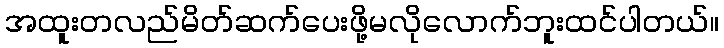
အထူးတလည်မိတ်ဆက်ပေးဖို့မလိုလောက်ဘူးထင်ပါတယ်။